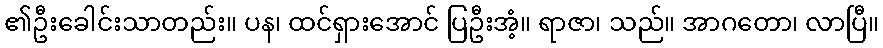
၏ဦးခေါင်းသာတည်း။ ပန၊ ထင်ရှားအောင် ပြဦးအံ့။ ရာဇာ၊ သည်။ အာဂတော၊ လာပြီ။